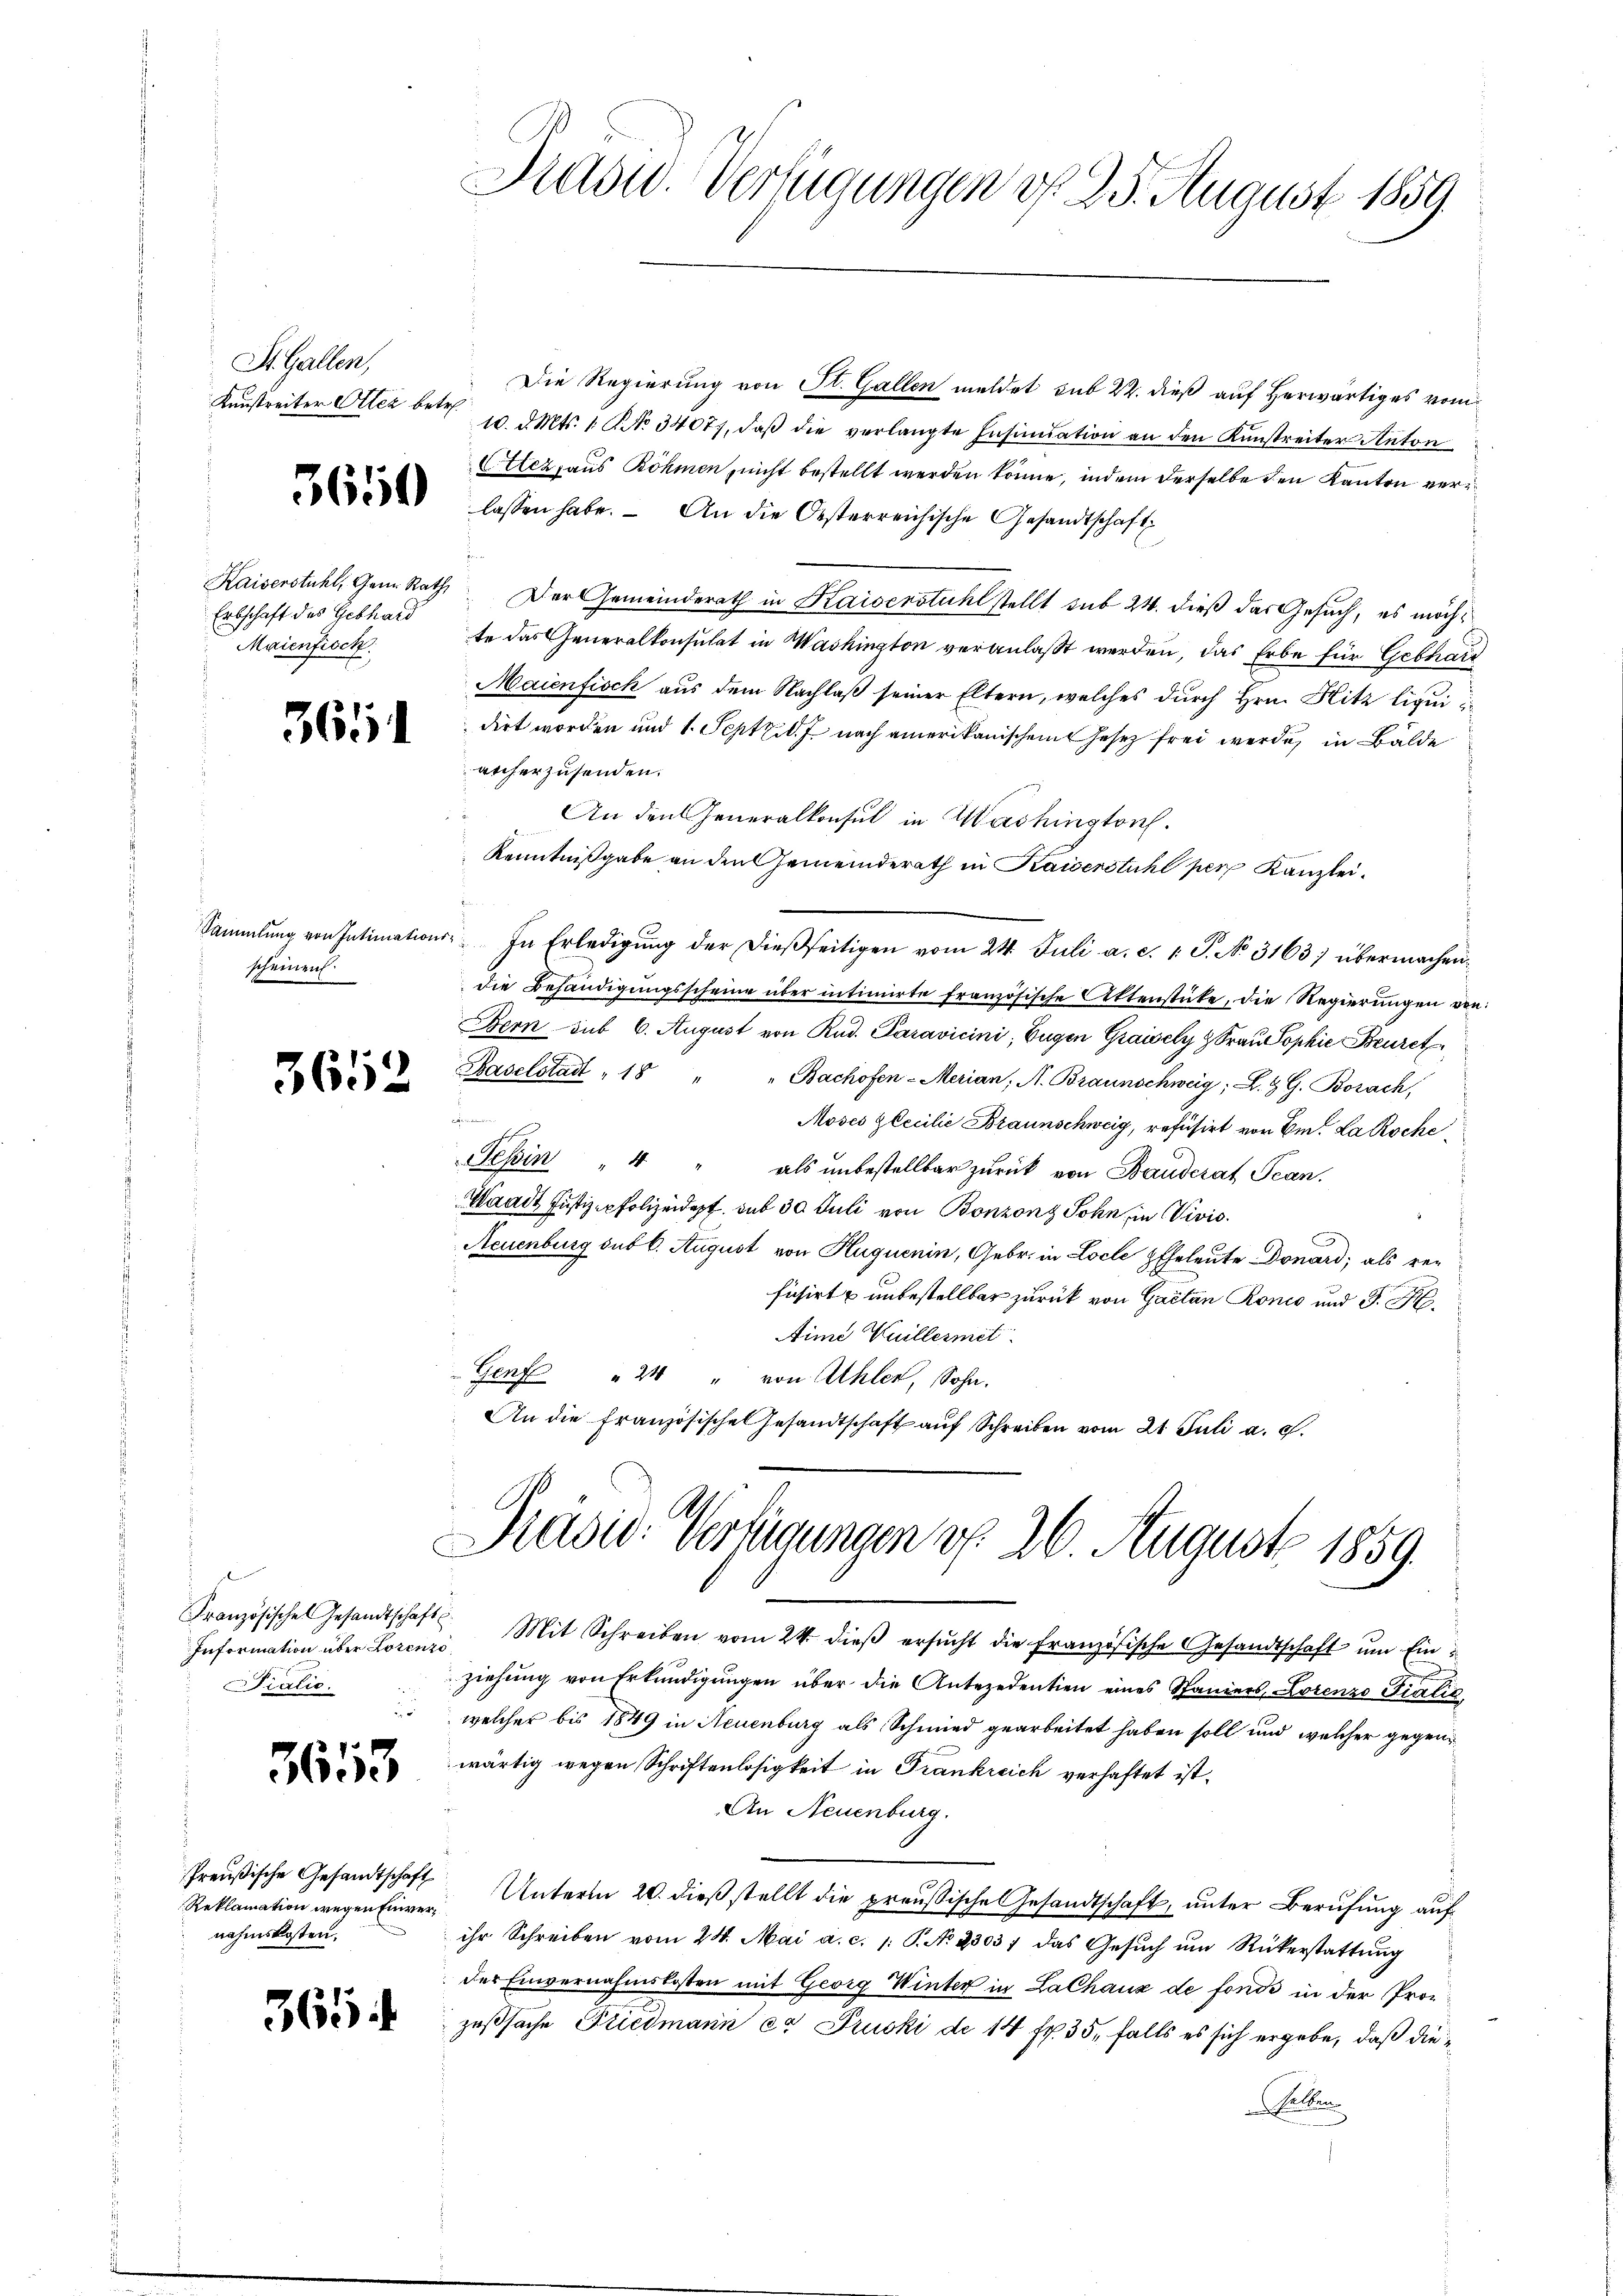
St. Gallen,

5650

Erbschaft des Gebhard
Maienfisch

361

Sammlung von Intimations
scheinen

3652

Französisches Gesandtschaft
Information über Lorenzi
Pialio.

36113

Preußische Gesandtschaft
Reklamation wegen Einvernahmskosten.

361

Die Regierung von St. Gallen meldet sub 22. dieß auf herwärtiges vom
Kunstreiter Alter betr. 10. d. Mts. 1. No. 34077, daβ die verlangte Insinuation an den Kunstreiter Anton
(Elez, aus Böhmen, nicht bestellt werden könne, indem derselbe den Kanton verlassen habe. – An die Oesterreichische Gesandtschaft
Kaiserstuhl, Gem Rath. Der Gemeinderath in Kaiserstuhl stellt sub 24. dieß das Gesuch, es möchte das Generalkonsulat in Washington veranlaßt werden, das Erbe für Gebhard
Maienfisch aus dem Nachlaß seiner Eltern, welches durch Hrn. Hitz liqui
dirt worden und 1. Sept d. J. nach amerikanischen Gesetz frei werde, in Bälde
archerzusenden.
An den Generalkonsul in Washingtonf.
Kenntnißgabe an den Gemeinderath in Kaiserstuhl per Kanzlei.
 In Erledigŭng der dießseitigen vom 24. Juli a. c. 1. J. No. 3163 übermachendie Behändigŭngsscheine über intimirte französische Aktenstüke, die Regierungen von
Bern sub 6. August von Rud. Paravicini, Eugen Graisely & Frau Sophie Beuret
Baselstadt 18
"Bachofen-Merian, A. Braunschweig; L. Z. G. Borach,
.
Moses Zlecilie Braunschweig, refüsirt von Em. La Roche
Tessin " " " als ŭnbestellbar zŭrück von Bauderat Jean.
Waadt Justiz-Polizeidet sub 30 Juli von Bonzonz Sohn, in Vivis.
Neuenburg subt. August von Huquenin, Gebr. in Loche Eheleute Donard; als refusirt & unbestellbar zurück von Gaetan Ronis und J. M.
Aime Vuillermit
Genf " 240 " von Ahler, Sohn.
An die Französische Gesandtschaft auf Schreiben vom 21. Juli a. c.

Präsid. Verfügungen d. 25. August 1859

Prädie Verfügungen d. 26. August 1859.

Mit Schreiben vom 24. dieβ ersŭcht die französische Gesandtschaft ŭm Einziehung von Erkundigungen über die Antezedentien eines Spaniers, Lorenzo Fialić,
welcher bis 1849 in Neuenburg als Schmied gearbeitet haben soll und welcher gegenwärtig wegen Schriftenlosigkeit in Frankreich verhaftet ist.
An Neuenburg.
Unterm 20. dieß stellt die preußische Gesandtschaft, unter Berufung auf
ihr Schreiben vom 24. Mai a. c. /: P. No 23031 das Gesŭch um Rükerstattung
der Einvernahmslosten mit Georg Winter in La Chaux de fond in der Prozeßsache Friedmann er Pruski de 14 fr. 35, falls es sich ergebe, daß dieselben
x